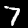
Label: 7